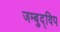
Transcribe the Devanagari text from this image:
जम्बुद्विप